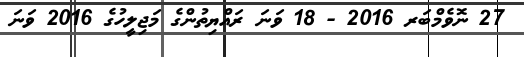
27 ނޮވެމްބަރ 2016 - 18 ވަނަ ރައްޔިތުންގެ މަޖިލީހުގެ 2016 ވަނަ